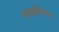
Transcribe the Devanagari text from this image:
वाइहिंगर